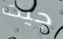
جيت